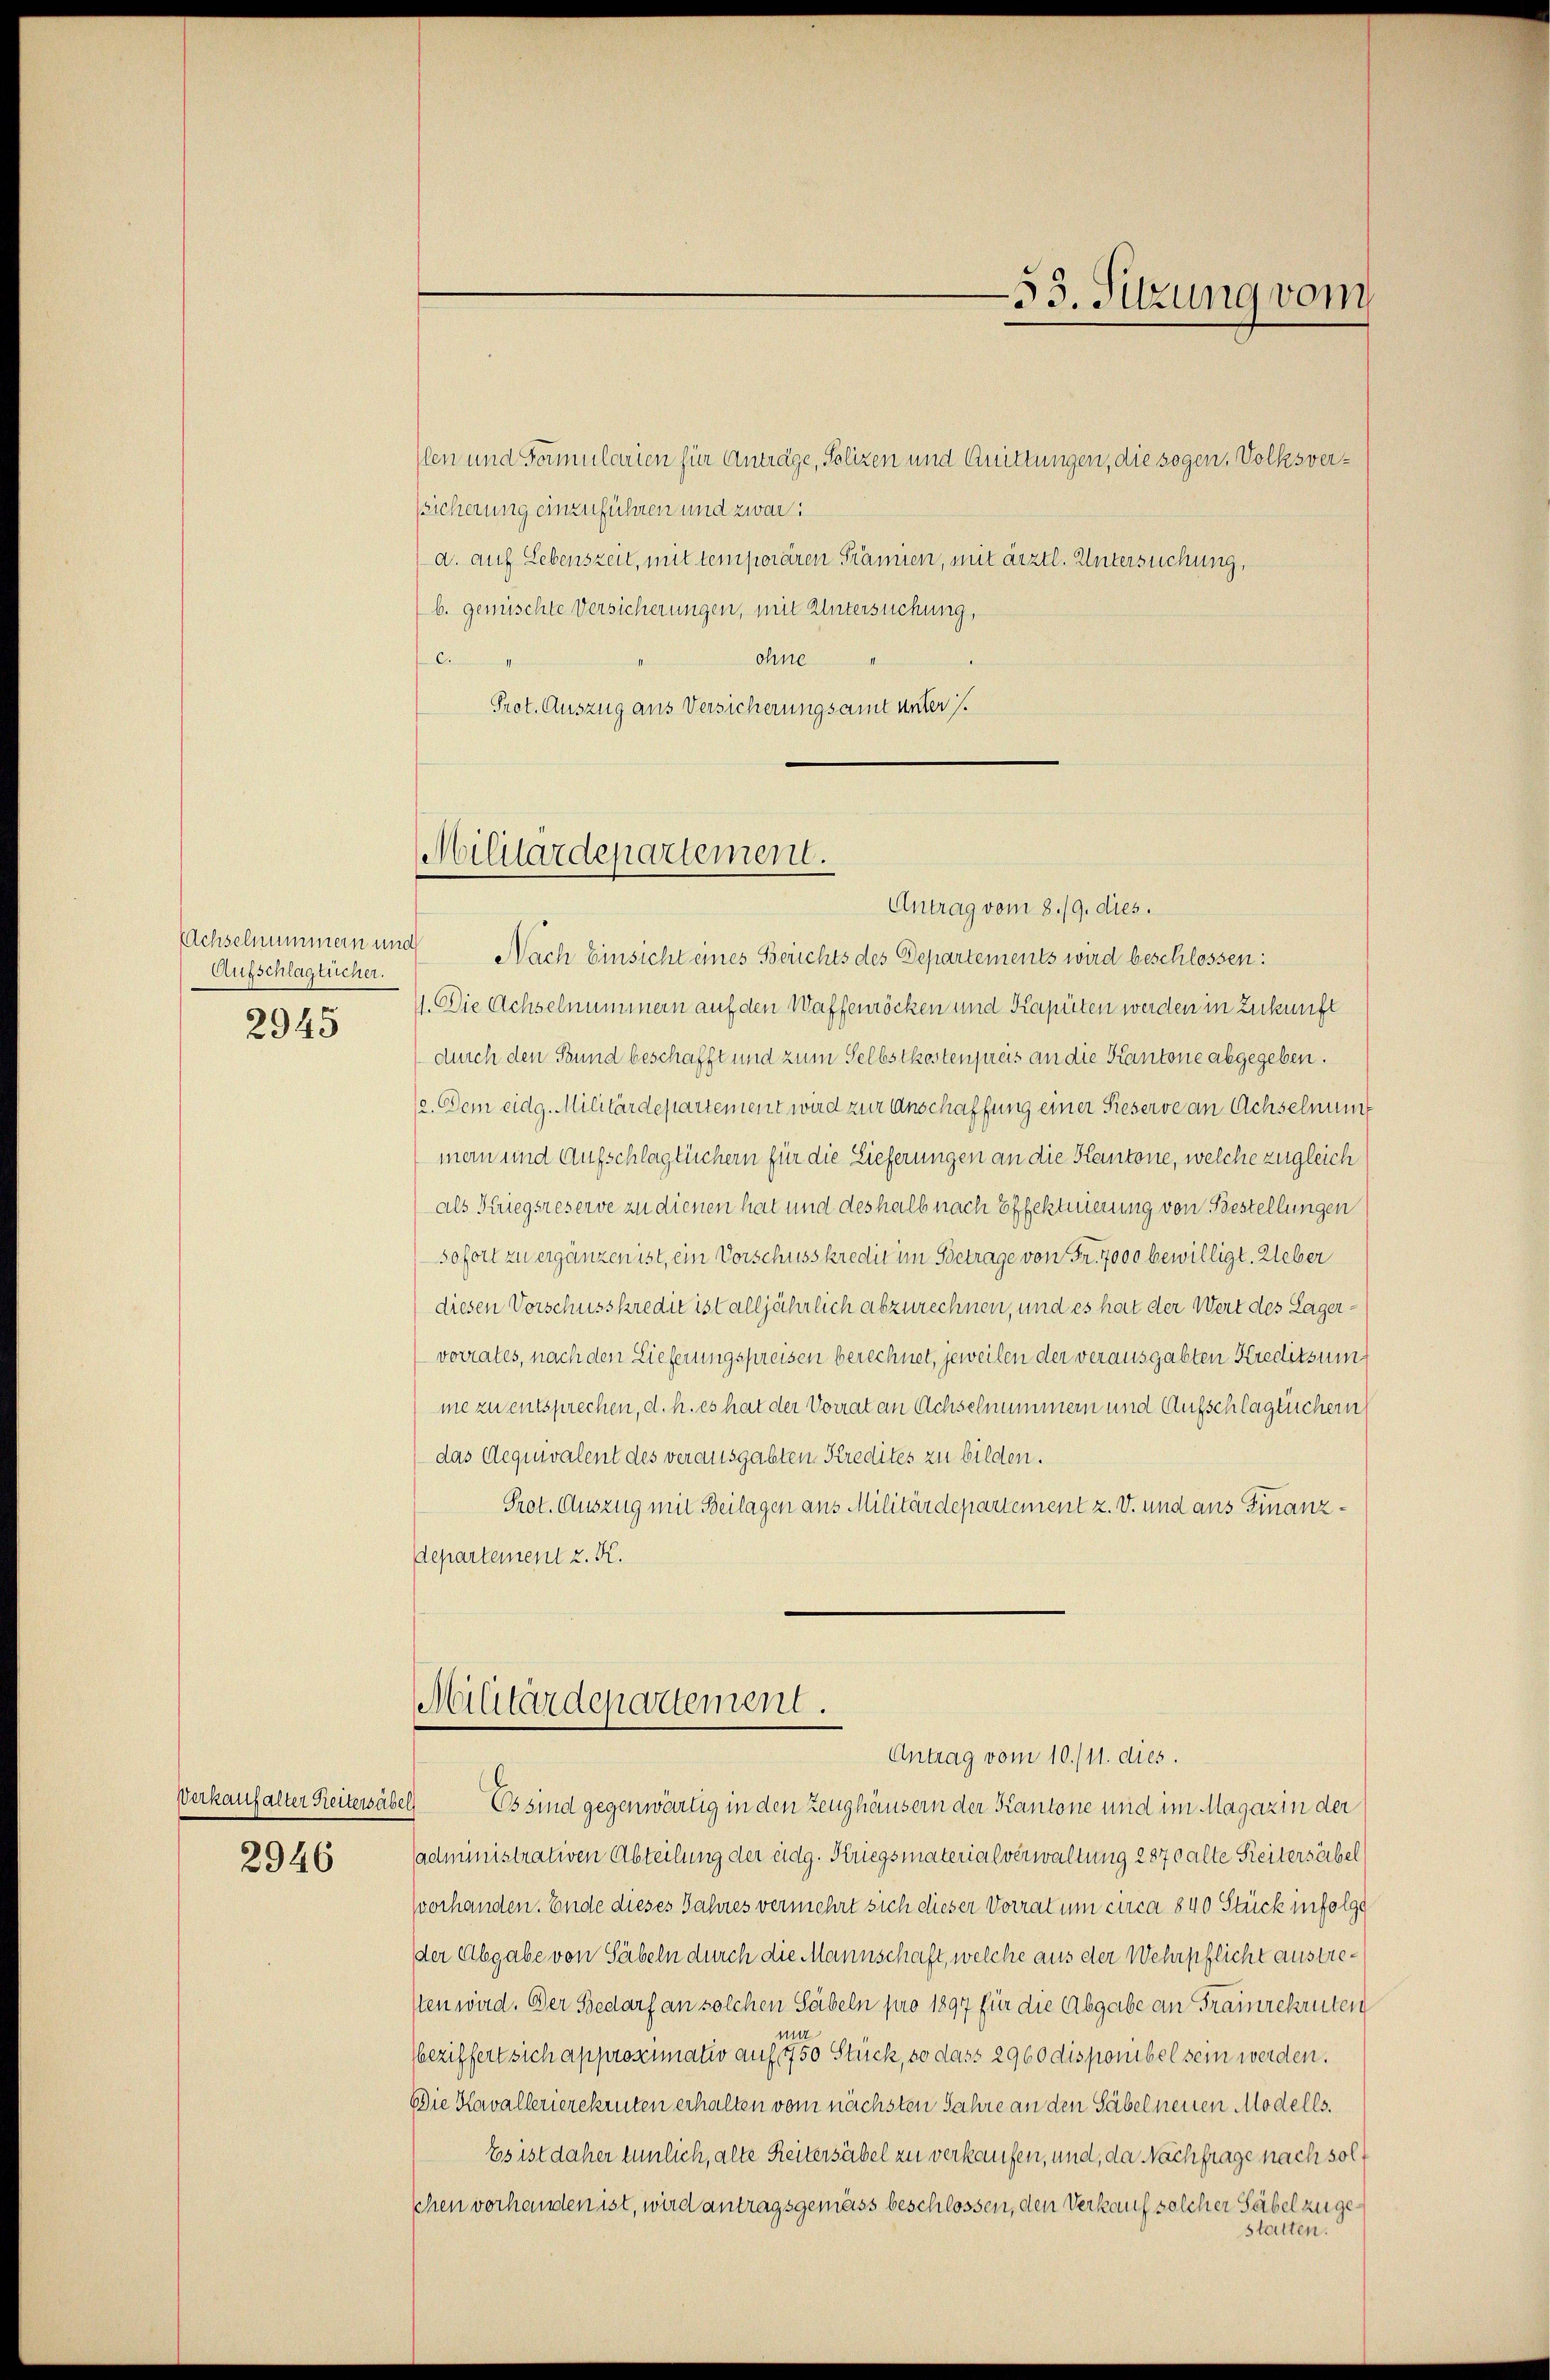
Achselnummern und
Aufschlagtücher.
2945

2946

slen und Famularien für Anträge, Polizen und Quittungen, die sogen, Volksver¬
Eicherung einzuführen und zwar:
d. auf Lebenszeit, mit temporären Prämien, mit ärztl. Untersuchung,
b. gemischte Versicherungen, mit Untersuchung,
ohne
6.
Prot. Auszug aus Versicherungsamt unters.

Militärdepartement.

Antrag vom 8./9. dies.
Nach Einsicht eines Berichts des Departements wird beschlossen:
4. Die Achselnummern auf den Waffenröcken und Kapüten werden in Zukunft
durch den Bund beschafft und zum Selbstkostenpreis an die Kantone abgegeben.
/2. Dem eidg. Militärdepartement wird zur Anschaffung einer Rieserve an Achselnung
mern und Aufschlagtüchern für die Lieferungen an die Kantone, welche zugleich
als Kriegsreserve zu dienen hat und deshalb nach Effektuierung von Bestellungen
Sofort zu ergänzen ist, ein Vorschusskredit im Betrage von Fr. 7000 bewilligt. Ueber
diesen Vorschusskredit ist alljährlich abzurechnen, und es hat der Wert des Lagervorrates, nach den Lieferungspreisen berechnet, jeweilen der verausgabten Kreditsum
me zu entsprechen, d. h. es hat der Vorrat an Achselnummern und Aufschlägtücher
das Aequivalent des verausgabten Kredites zu bilden.
Prot. Auszug mit Beilagen aus Militärdepartement z. V. und aus Finanzdepartement z. K.

Militärdepartement.
Antrag vom 10./11. dies.

Verkauf alter Reitersäbel. Es sind gegenwärtig in den Zeughäusern der Kantone und im Magazin der
sadministrativen Abteilung der eidg. Kriegsmaterialverwaltung 2870 alte Seitersäbel
vorhanden. Ende dieses Jahres vermehrt sich dieser Vorrat um circa 840 Stück infolge
der Abgabe von Säbeln durch die Mannschaft, welche aus der Wehrpflicht austresten wird. Der Bedarf an solchen Säbeln pro 1897 für die Abgabe an Fraunrekruten
m
(beziffert sich approximativ auf 750 Stück, so dass 2960 disponibel sein werden.
Die Kavallerierekruten erhalten vom nächsten Jahre an den Säbel neuen Modells.
Es ist daher tunlich, alte Reitersäbel zu verkaufen, und, da Nachfrage nach solschen vorhanden ist, wird antragsgemäss beschlossen, den Verkauf solcher Säbel zugestatten.

—53. Sitzung vom